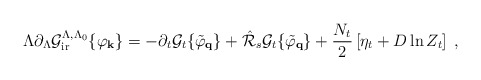
\begin{align*}\Lambda \partial_{\Lambda} {\cal{G}}_{\rm ir}^{\Lambda , \Lambda_0} \{ \varphi_{\bf{k}} \} = - \partial_t {\cal{G}}_t \{ \tilde{\varphi}_{\bf{q}} \} + \hat{\cal{R}}_{s} {\cal{G}}_t \{ \tilde{\varphi}_{\bf{q}} \} + \frac{N_t}{2} \left[ \eta_t + D \ln Z_t \right] \; , \end{align*}